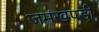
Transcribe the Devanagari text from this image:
जमखण्डी